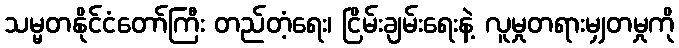
သမ္မတနိုင်ငံတော်ကြီး တည်တံ့ရေး၊ ငြိမ်းချမ်းရေးနဲ့ လူမှုတရားမျှတမှုကို